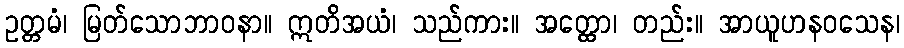
ဥတ္တမံ၊ မြတ်သောဘာဝနာ။ ဣတိအယံ၊ သည်ကား။ အတ္ထော၊ တည်း။ အာယူဟနဝသေန၊